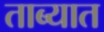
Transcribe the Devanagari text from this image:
ताब्‍यात